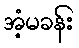
အံ့မခန်း